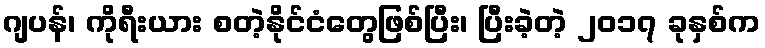
ဂျပန်၊ ကိုရီးယား စတဲ့နိုင်ငံတွေဖြစ်ပြီး၊ ပြီးခဲ့တဲ့ ၂၀၁၇ ခုနှစ်က